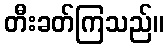
တီးခတ်ကြသည်။